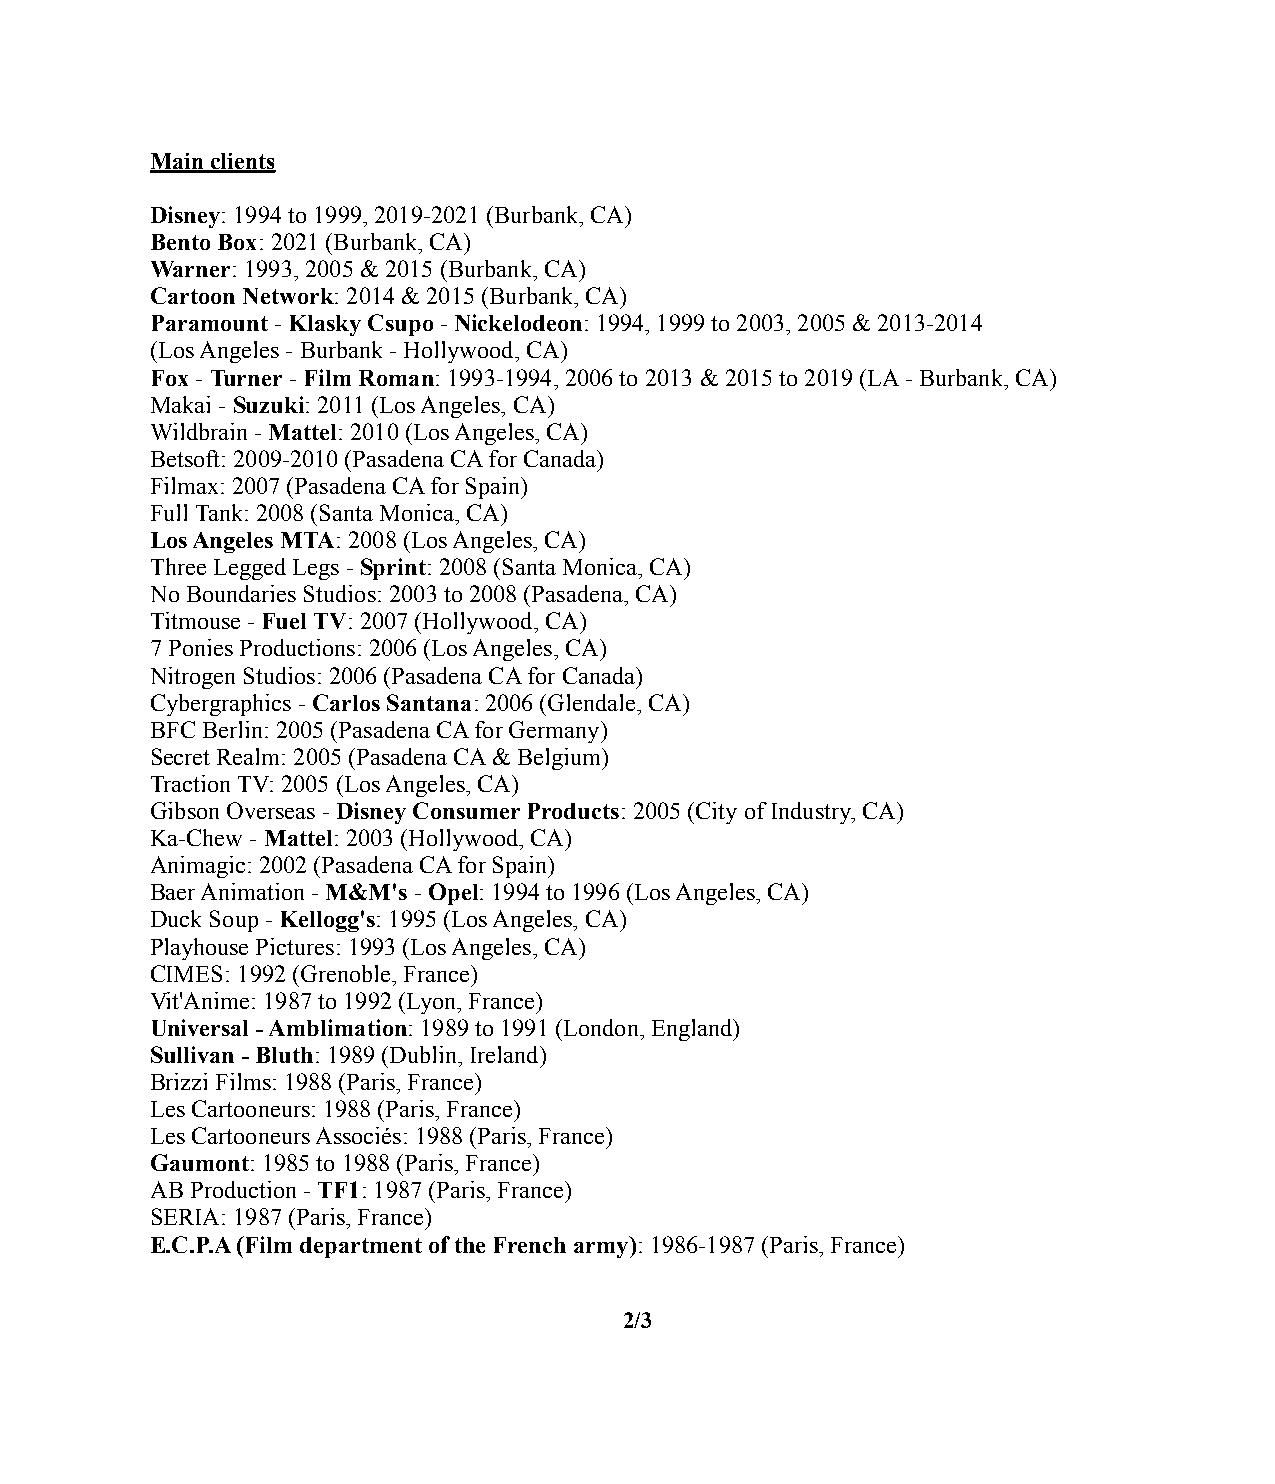
Main clients
 Disney: 1994 to 1999, 2019-2021 (Burbank, CA)
 Bento Box: 2021 (Burbank, CA)
 Warner: 1993, 2005 & 2015 (Burbank, CA)
 Cartoon Network: 2014 & 2015 (Burbank, CA)
 Paramount - Klasky Csupo - Nickelodeon: 1994, 1999 to 2003, 2005 & 2013-2014
 (Los Angeles - Burbank - Hollywood, CA)
 Fox - Turner - Film Roman: 1993-1994, 2006 to 2013 & 2015 to 2019 (LA - Burbank, CA)
 Makai - Suzuki: 2011 (Los Angeles, CA)
 Wildbrain - Mattel: 2010 (Los Angeles, CA)
 Betsoft: 2009-2010 (Pasadena CA for Canada)
 Filmax: 2007 (Pasadena CA for Spain)
 Full Tank: 2008 (Santa Monica, CA)
 Los Angeles MTA: 2008 (Los Angeles, CA)
 Three Legged Legs - Sprint: 2008 (Santa Monica, CA)
 No Boundaries Studios: 2003 to 2008 (Pasadena, CA)
 Titmouse - Fuel TV: 2007 (Hollywood, CA)
 7 Ponies Productions: 2006 (Los Angeles, CA)
 Nitrogen Studios: 2006 (Pasadena CA for Canada)
 Cybergraphics - Carlos Santana: 2006 (Glendale, CA)
 BFC Berlin: 2005 (Pasadena CA for Germany)
 Secret Realm: 2005 (Pasadena CA & Belgium)
 Traction TV: 2005 (Los Angeles, CA)
 Gibson Overseas - Disney Consumer Products: 2005 (City of Industry, CA)
 Ka-Chew - Mattel: 2003 (Hollywood, CA)
 Animagic: 2002 (Pasadena CA for Spain)
 Baer Animation - M&M's - Opel: 1994 to 1996 (Los Angeles, CA)
 Duck Soup - Kellogg's: 1995 (Los Angeles, CA)
 Playhouse Pictures: 1993 (Los Angeles, CA)
 CIMES: 1992 (Grenoble, France)
 Vit'Anime: 1987 to 1992 (Lyon, France)
 Universal - Amblimation: 1989 to 1991 (London, England)
 Sullivan - Bluth: 1989 (Dublin, Ireland)
 Brizzi Films: 1988 (Paris, France)
 Les Cartooneurs: 1988 (Paris, France)
 Les Cartooneurs Associés: 1988 (Paris, France)
 Gaumont: 1985 to 1988 (Paris, France)
 AB Production - TF1: 1987 (Paris, France)
 SERIA: 1987 (Paris, France)
 E.C.P.A (Film department of the French army): 1986-1987 (Paris, France)
 2/3